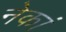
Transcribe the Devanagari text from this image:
नेकां